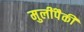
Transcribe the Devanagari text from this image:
मुलींपैकी